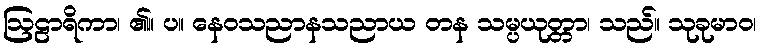
ဩဠာရိကာ၊ ၏။ ပ။ နေဝသညာနသညာယ တန သမ္ပယုတ္တာ၊ သည်။ သုခုမာဝ၊